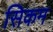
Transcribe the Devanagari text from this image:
सिकम